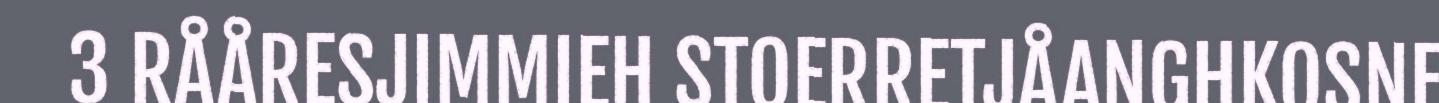
3 RÅÅRESJIMMIEH STOERRETJÅANGHKOSNE